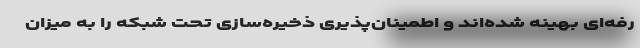
رفه‌ای بهینه شده‌اند و اطمینان‌پذیری ذخیره‌سازی تحت شبکه را به میزان